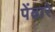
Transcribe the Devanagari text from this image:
पेंढारे